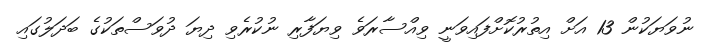
ނުވަޔަކުން 13 އަށް އިތުރުކޮށްފައިވަނީ ވިއްސާރަވެ ވިޔަފާރި ނުކުރެވި ދިޔަ ދުވަސްތަކުގެ ބަދަލުގައި